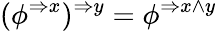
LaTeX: (\phi^{\Rightarrow x})^{\Rightarrow y}=\phi^{\Rightarrow x\wedge y}